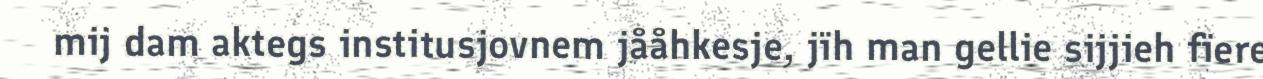
mij dam aktegs institusjovnem jååhkesje, jïh man gellie sijjieh fïere